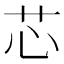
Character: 芯